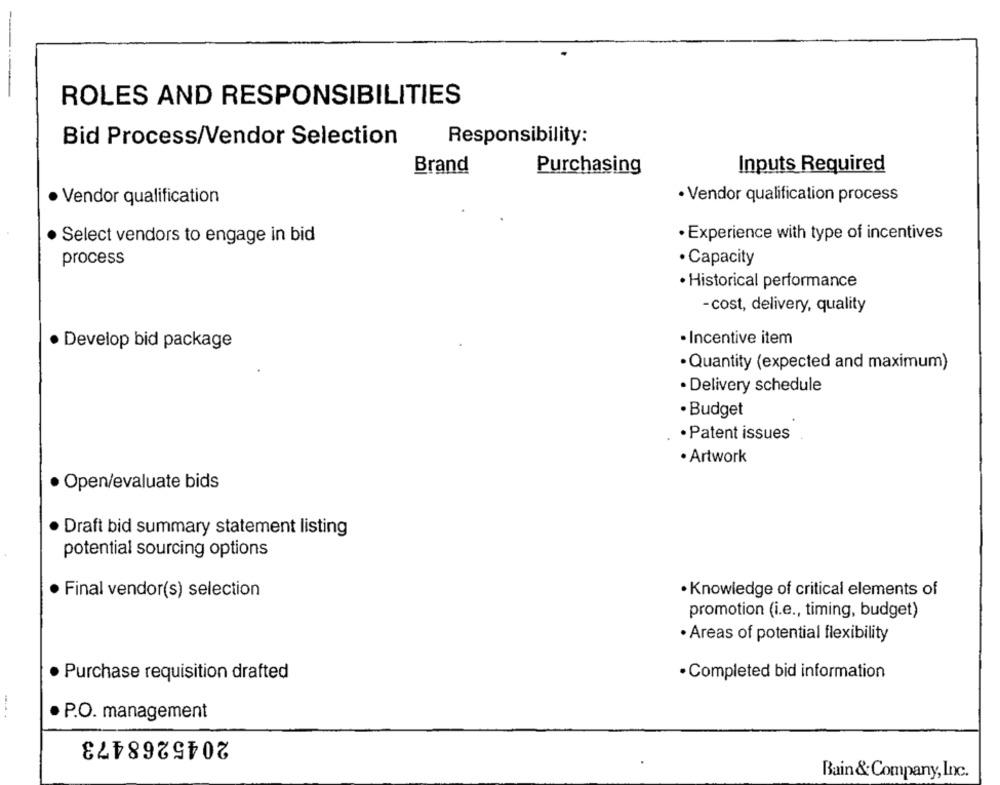
ROLES AND RESPONSIBILITIES
Bid Process/Vendor Selection
Responsibility:
Brand
Purchasing
Inputs Required
· Vendor qualification
· Vendor qualification process
· Experience with type of incentives
· Select vendors to engage in bid
process
· Capacity
· Historical performance
-cost, delivery, quality
· Develop bid package
· Incentive item
· Quantity (expected and maximum)
· Delivery schedule
· Budget
· Patent issues
· Artwork
· Open/evaluate bids
Draft bid summary statement listing
potential sourcing options
· Final vendor(s) selection
· Knowledge of critical elements of
promotion (i.e ., timing, budget)
· Areas of potential flexibility
· Completed bid information
· Purchase requisition drafted
· P.O. management
2045268473
Bain& Company, Inc.